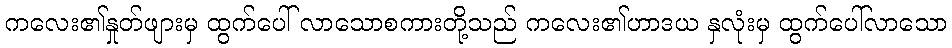
ကလေး၏နှုတ်ဖျားမှ ထွက်ပေါ် လာသောစကားတို့သည် ကလေး၏ဟာဒယ နှလုံးမှ ထွက်ပေါ်လာသော